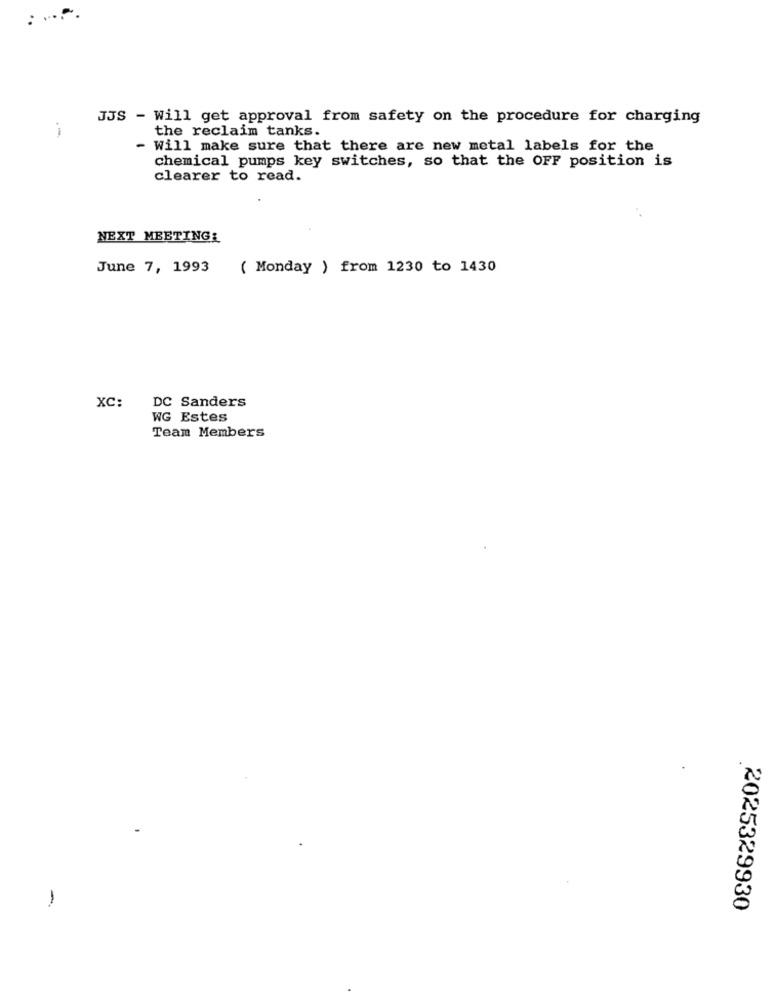
JJS - Will get approval from safety on the procedure for charging
the reclaim tanks.
- Will make sure that there are new metal labels for the
chemical pumps key switches, so that the OFF position is
clearer to read.
NEXT MEETING:
June 7, 1993
( Monday ) from 1230 to 1430
XC:
DC Sanders
WG Estes
Team Members
-
2025329930